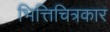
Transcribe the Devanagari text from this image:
भित्तिचित्रकार